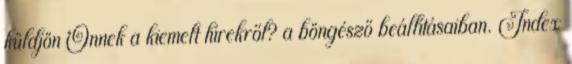
küldjön Önnek a kiemelt hírekről? a böngésző beállításaiban. Index